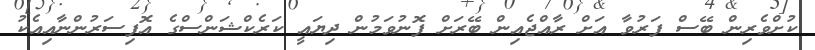
ކުށްވެރިން ބޭސް ފަރުވާ އަށް ރާއްޖެއިން ބޭރަށް ފޮނުވަމުން ދިޔައީ ކަރެކްޝަންސްގެ އޮފިސަރުންނާއިއެކު